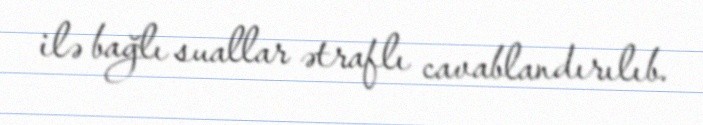
ilə bağlı suallar ətraflı cavablandırılıb.